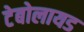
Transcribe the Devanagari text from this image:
टेबोलायड